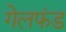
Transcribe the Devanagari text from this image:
गेलफंड